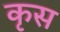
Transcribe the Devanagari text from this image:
कृस